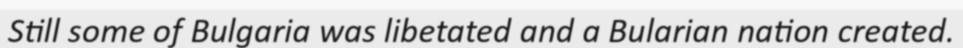
Still some of Bulgaria was libetated and a Bularian nation created.